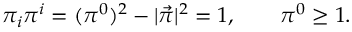
\pi _ { i } \pi ^ { i } = ( \pi ^ { 0 } ) ^ { 2 } - | \vec { \pi } | ^ { 2 } = 1 , \qquad \pi ^ { 0 } \geq 1 .